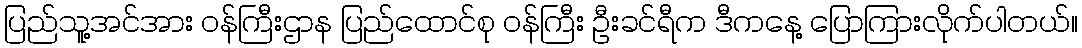
ပြည်သူ့အင်အား ဝန်ကြီးဌာန ပြည်ထောင်စု ဝန်ကြီး ဦးခင်ရီက ဒီကနေ့ ပြောကြားလိုက်ပါတယ်။